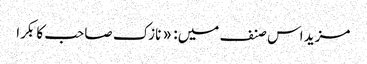
مزید اس صنف میں: « نازک صاحب کا بکرا